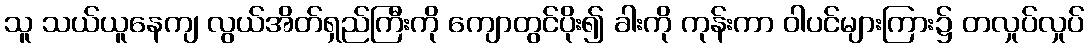
သူ သယ်ယူနေကျ လွယ်အိတ်ရှည်ကြီးကို ကျောတွင်ပိုး၍ ခါးကို ကုန်းကာ ဝါပင်များကြား၌ တလှုပ်လှုပ်